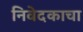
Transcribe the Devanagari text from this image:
निवेदकाचा